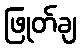
ဖြုတ်ချ